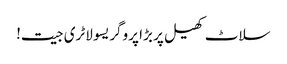
سلاٹ کھیل پر بڑا پروگریسو لاٹری جیت!